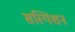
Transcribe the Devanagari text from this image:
सस्पिशन